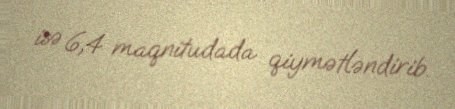
isə 6,4 maqnitudada qiymətləndirib.